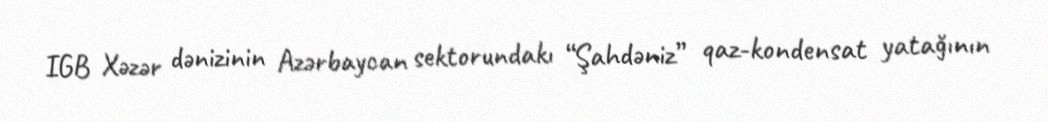
IGB Xəzər dənizinin Azərbaycan sektorundakı “Şahdəniz” qaz-kondensat yatağının